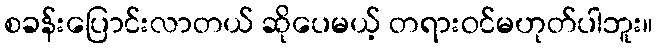
စခန်းပြောင်းလာတယ် ဆိုပေမယ့် တရားဝင်မဟုတ်ပါဘူး။